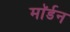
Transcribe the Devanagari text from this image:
माॅर्डन